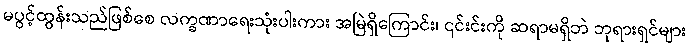
မပွင့်ထွန်းသည်ဖြစ်စေ လက္ခဏာရေးသုံးပါးကား အမြဲရှိကြောင်း၊ ၎င်းင်းကို ဆရာမရှိဘဲ ဘုရားရှင်များ